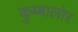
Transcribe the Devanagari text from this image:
कुब्बालोर